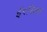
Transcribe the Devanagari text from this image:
ईरसिक